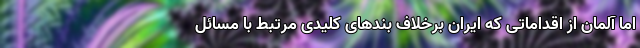
اما آلمان از اقداماتی که ایران برخلاف بندهای کلیدی مرتبط با مسائل